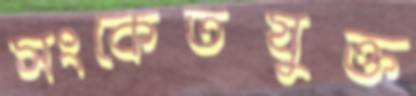
সংকেতযুক্ত